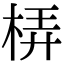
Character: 梇